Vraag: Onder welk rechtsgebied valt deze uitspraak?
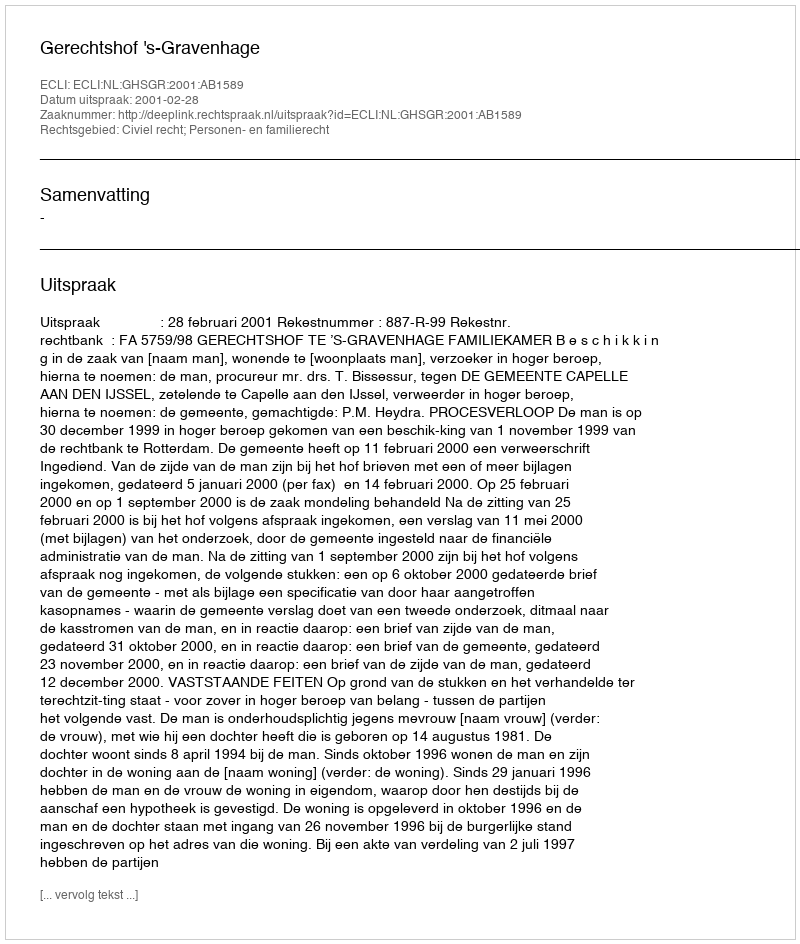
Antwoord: Civiel recht; Personen- en familierecht